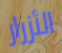
الأزرار